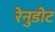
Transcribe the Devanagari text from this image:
रेनुडोट